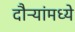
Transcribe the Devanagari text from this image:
दौऱ्यांमध्ये